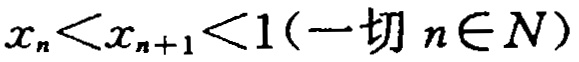
$x_{n}<x_{n + 1}<1(\text{一切 }n\in N)$